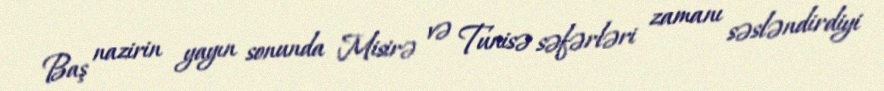
Baş nazirin yayın sonunda Misirə və Tunisə səfərləri zamanı səsləndirdiyi